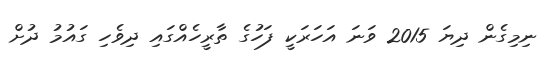
ނިމިގެން ދިޔަ 2015 ވަނަ އަހަރަކީ ފަހުގެ ތާރީހެއްގައި ދިވެހި ގައުމު ދުށް